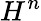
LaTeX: H^{n}